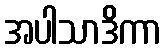
အပါသာဒိကာ